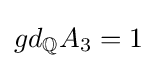
gd_{\mathbb {Q} }A_{3}=1